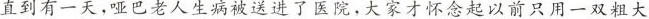
直到有一天，哑巴老人生病被送进了医院，大家才怀念起以前只用一双粗大